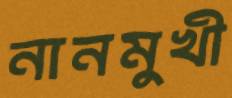
নানমুখী